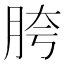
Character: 胯